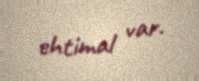
ehtimal var.